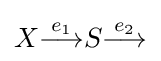
X{\stackrel {e_{1}}{\longrightarrow }}S{\stackrel {e_{2}}{\longrightarrow }}